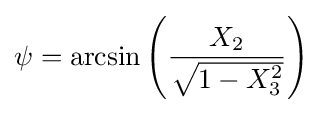
\psi =\arcsin \left({\frac {X_{2}}{\sqrt {1-X_{3}^{2}}}}\right)